Annual report on the lock hospitals of the Madras Presidency
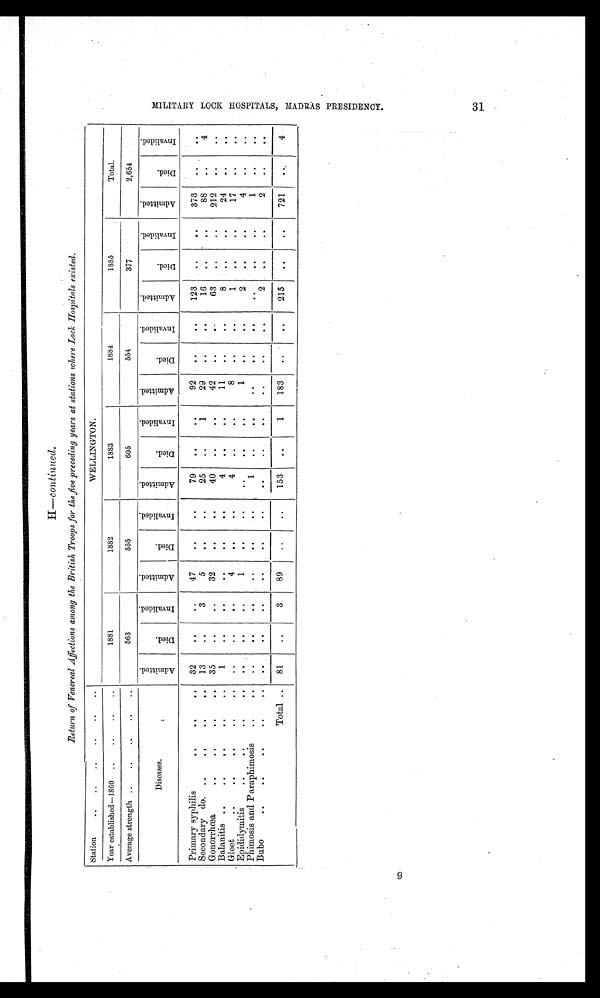
31
H —continued.
Return of Venereal Affections among the British Troops for the five preceding years at stations where Lock Hospitals existed.
Station
..
..
..
..
..
..
WELLINGTON.
Year established—1860 ..
..
..
..
1881
1882
1883
1884
1885
Total.
Average strength ..
..
..
. .
. .
563
555
605
554
377
2,654
Diseases.
A d m i t t e d
D i e d
I n v a l i d e d
A d m i t t e d
D i e d
I n v a l i d e d
A d m i t t e d
D i e d
I n v a l i d e d
A d m i t t e d
D i e d
I n v a l i d e d
A d m i t t e d
D i e d
I n v a l i d e d
A d m i t t e d
D i e d
I n v a l i d e d
Primary syphilis
..
..
. .
32
. .
..
47
..
. .
79
. .
. .
92
. .
. .
123
. .
. .
373
. .
. .
Secondary do. ..
..
..
. .
13
. .
3
5
. .
. .
25
. .
1
29
. .
. .
16
. .
. .
88
. .
4
Gonorrhœa
..
..
..
. .
35
..
. . 32
. .
. .
40
..
..
42
. .
. .
63
. .
..
212
. .
..
Balanitis ..
..
..
..
. .
1
. .
. .
. .
..
. .
4
. .
. .
11
. .
. .
8
..
. .
24
. .
. .
Gleet
..
..
..
..
. .
. .
. .
. .
4
..
. .
4
..
. .
8
. .
. .
1
. .
..
17
. .
..
Episdidymitis
..
. .
. . . .
. .
. .
1
. .
. .
. .
. .
. .
1
. .
. .
2
. .
. .
4
. .
. .
Phimosis and Paraphimosis
..
..
..
. .
..
..
. .
. .
1
..
. .
. .
..
. .
..
. .
. .
1
. .
. .
Bubo
..
..
..
..
. .
. .
..
..
..
..
..
..
..
..
. .
..
. .
2
. .
. .
2
. .
. .
Total ..
81
..
3
89
..
..
153
..
1
183
..
. .
215
. .
..
721
. .
4
M I L I T A R Y L O C K H O S P I T A L S , M A D R A S P R E S I D E N C Y .